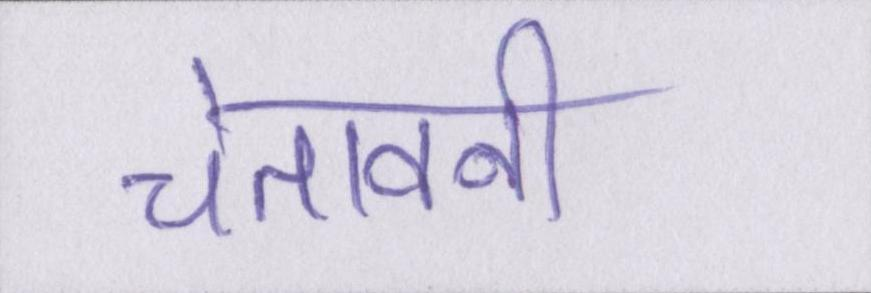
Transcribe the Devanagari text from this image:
चेतावनी